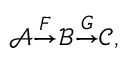
{ \mathcal { A } } { \stackrel { F } { \rightarrow } } { \mathcal { B } } { \stackrel { G } { \rightarrow } } { \mathcal { C } } ,